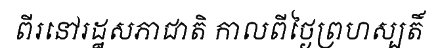
ពីរនៅរដ្ឋសភាជាតិ កាលពីថ្ងៃព្រហស្បតិ៍